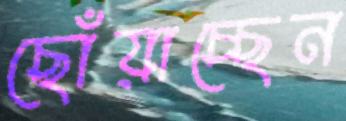
ছোঁয়াচ্ছেন